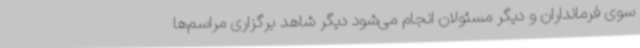
سوی فرمانداران و دیگر مسئولان انجام می‌شود دیگر شاهد برگزاری مراسم‌ها